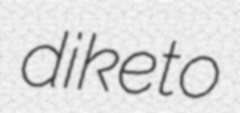
diketo